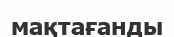
мақтағанды